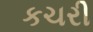
કચરી